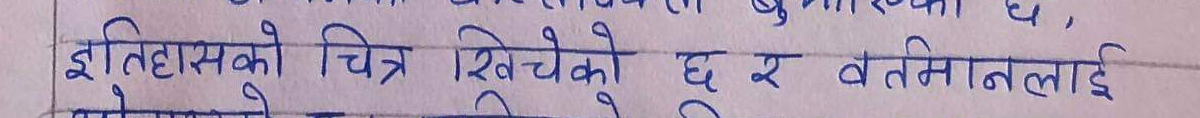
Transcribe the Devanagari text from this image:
इतिहासको चित्र खिचेको छ र वर्तमानलाई